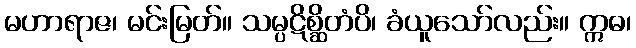
မဟာရာဇ၊ မင်းမြတ်။ သမ္ပဋိစ္ဆိတံပိ၊ ခံယူသော်လည်း။ ဣဓ၊